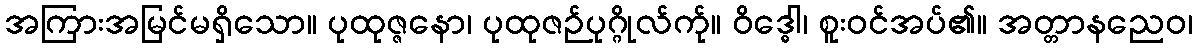
အကြားအမြင်မရှိသော။ ပုထုဇ္ဇနော၊ ပုထုဇဉ်ပုဂ္ဂိုလ်က်ု။ ဝိဒ္ဓေါ၊ စူးဝင်အပ်၏။ အတ္တာနညေဝ၊